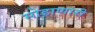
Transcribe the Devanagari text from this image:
सोडाणारी